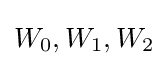
W_{0},W_{1},W_{2}